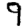
Digit: 9